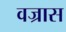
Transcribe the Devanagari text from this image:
वज्रास